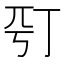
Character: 𠀩